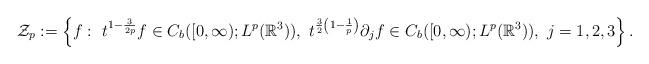
LaTeX: \begin{align*}\mathcal{Z}_p:=\left\{f:\ t^{1-\frac{3}{2p}}f\in C_b([0,\infty);L^p(\mathbb{R}^3)),\ t^{\frac{3}{2}\left(1-\frac{1}{p}\right)}\partial_j f\in C_b([0,\infty);L^p(\mathbb{R}^3)),\ j=1,2,3\right\}.\end{align*}